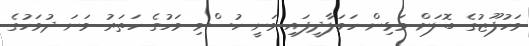
މަހުފޫޒުގެ ބޮލަށް ވަޅިން ހަމަލާދީފައި ވަނީ ހުސްވި މަހުގެ ހަތަރު ވަނަ ދުވަހުގެ